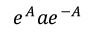
e ^ { A } a e ^ { - A }